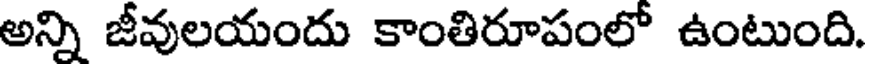
అన్ని జీవులయందు కాంతిరూపంలో ఉంటుంది.